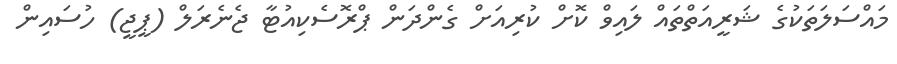
މައްސަލަތަކުގެ ޝަރީއަތްތައް ލައިވް ކޮށް ކުރިއަށް ގެންދަން ޕްރޮސެކިއުޓާ ޖެނެރަލް (ޕީޖީ) ހުސައިން